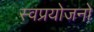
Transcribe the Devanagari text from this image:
स्वप्रयोजनों